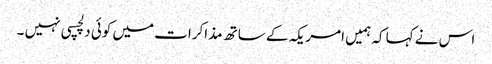
اس نے کہا کہ ہمیں امریکہ کے ساتھ مذاکرات میں کوئی دلچسپی نہیں ۔